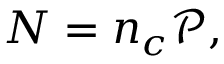
N = n _ { c } \mathcal { P } ,